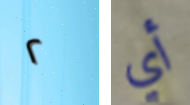
٢ أي